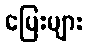
မြေးများ